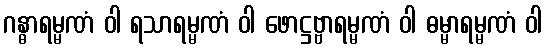
ဂန္ဓာရမ္မဏံ ဝါ ရသာရမ္မဏံ ဝါ ဖောဋ္ဌဗ္ဗာရမ္မဏံ ဝါ ဓမ္မာရမ္မဏံ ဝါ